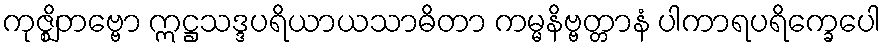
ကုဇ္ဈိတဗ္ဗော ဣဋ္ဌသဒ္ဒပရိယာယသာဓိတာ ကမ္မနိဗ္ဗတ္တာနံ ပါကာရပရိက္ခေပေါ